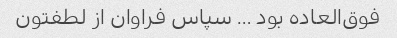
فوق‌العاده بود … سپاس فراوان از لطفتون